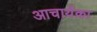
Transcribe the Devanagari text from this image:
आचार्यका